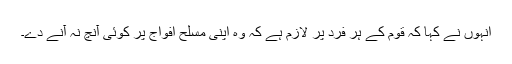
انہوں نے کہا کہ قوم کے ہر فرد پر لازم ہے کہ وہ اپنی مسلح افواج پر کوئی آنچ نہ آنے دے۔